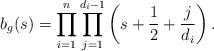
LaTeX: \begin{align*} b_g(s) = \prod_{i=1}^n\prod_{j=1}^{d_i-1}\left( s+\frac{1}{2} + \frac{j}{d_i}\right). \end{align*}